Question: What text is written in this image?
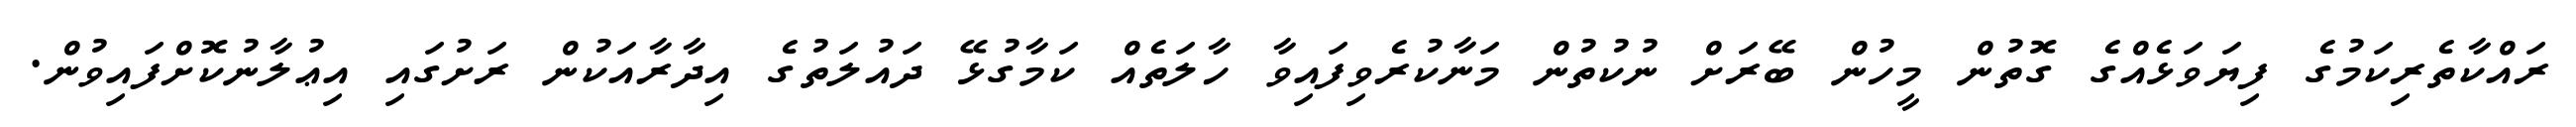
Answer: ރައްކާތެރިކަމުގެ ފިޔަވަޅެއްގެ ގޮތުން މީހުން ބޭރަށް ނުކުތުން މަނާކުރެވިފައިވާ ހާލަތެއް ކަމާގުޅޭ ދައުލަތުގެ އިދާރާއަކުން ރަށުގައި އިޢުލާނުކޮށްފައިވުން.